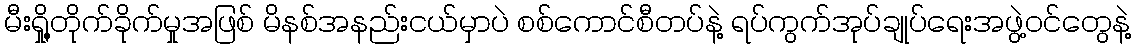
မီးရှို့တိုက်ခိုက်မှုအဖြစ် မိနစ်အနည်းငယ်မှာပဲ စစ်ကောင်စီတပ်နဲ့ ရပ်ကွက်အုပ်ချုပ်ရေးအဖွဲ့ဝင်တွေနဲ့